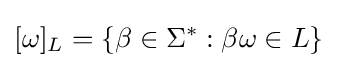
[\omega ]_{L}=\{\beta \in \Sigma ^{*}:\beta \omega \in L\}